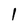
Character: l